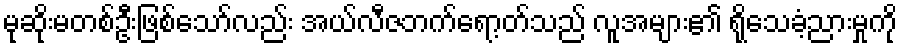
မုဆိုးမတစ်ဦးဖြစ်သော်လည်း အယ်လီဇဘက်ရော့တ်သည် လူအများ၏ ရိုသေခံ့ညားမှုကို